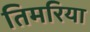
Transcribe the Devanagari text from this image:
तिमरिया